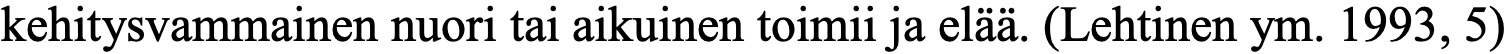
kehitysvammainen nuori tai aikuinen toimii ja elää. (Lehtinen ym. 1993, 5)